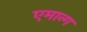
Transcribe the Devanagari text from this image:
एमान्ग